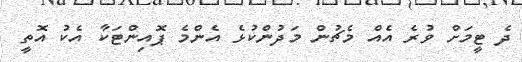
ދެ ޓީމަށް ވުރެ އެއް މެޗުން މަދުންކުޅެ އެންމެ ޕޮއިންޓަކާ އެކު އޮތީ